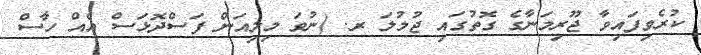
ކުރެވިފައިވާ ޖޫރިމަނާގެ ގޮތުގައި ޖުމުލަ ރ. (ނުވަ މިލިއަން ފަސްދޮޅަސް އެއް ހާސް